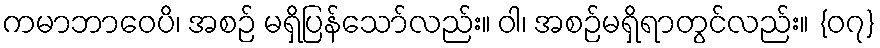
ကမာဘာဝေပိ၊ အစဉ် မရှိပြန်သော်လည်း။ ဝါ၊ အစဉ်မရှိရာတွင်လည်း။ {၀၇}